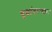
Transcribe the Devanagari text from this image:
युद्धांदरम्यान